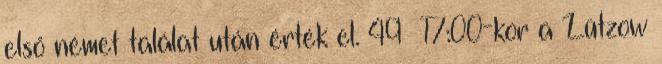
első német találat után érték el. 49 17:00-kor a Lützow